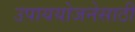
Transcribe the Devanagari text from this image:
उपाययोजनेसाठी